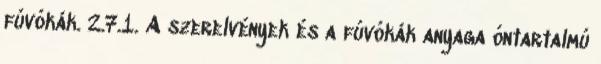
fúvókák. 2.7.1. A szerelvények és a fúvókák anyaga óntartalmú